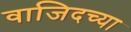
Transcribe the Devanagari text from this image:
वाजिदच्या